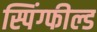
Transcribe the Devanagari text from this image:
स्पिंग्फील्ड